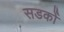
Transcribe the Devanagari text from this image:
सडकोँ